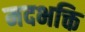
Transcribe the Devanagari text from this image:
मदभक्ति